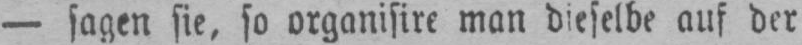
- sagen sie, so organisire man dieselbe auf der